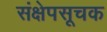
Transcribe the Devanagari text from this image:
संक्षेपसूचक